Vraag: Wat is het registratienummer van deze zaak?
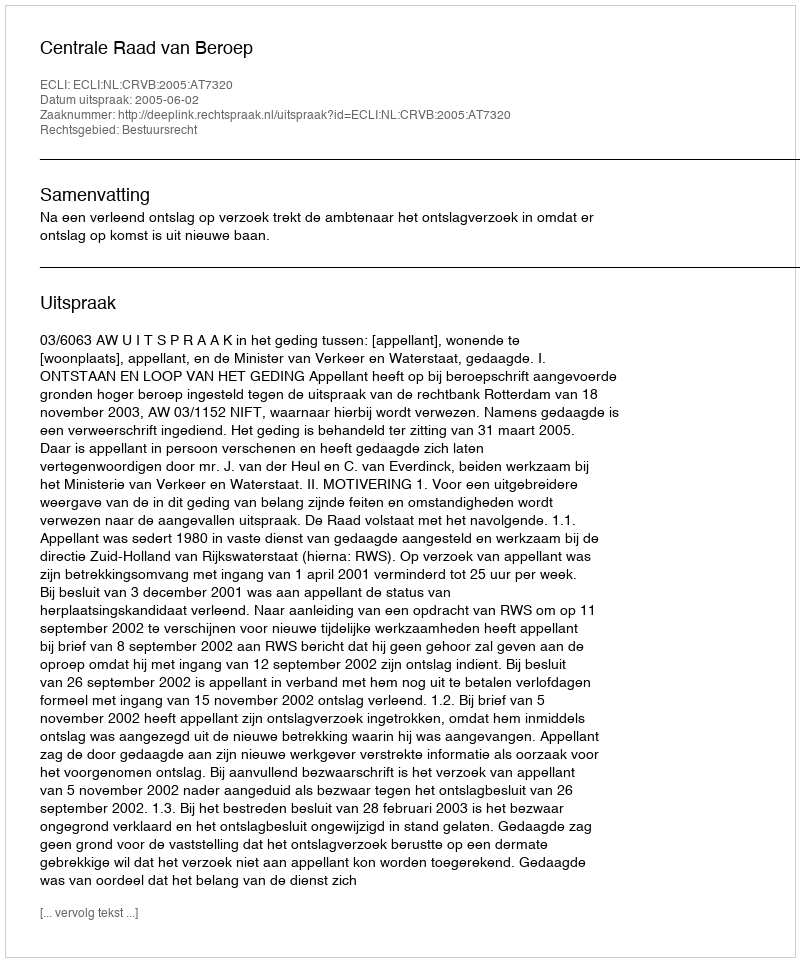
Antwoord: http://deeplink.rechtspraak.nl/uitspraak?id=ECLI:NL:CRVB:2005:AT7320